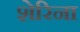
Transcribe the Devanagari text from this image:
शेरिना